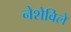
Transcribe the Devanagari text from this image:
नेशेविले